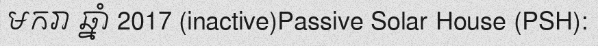
មករា ឆ្នាំ 2017 (inactive)Passive Solar House (PSH):